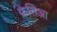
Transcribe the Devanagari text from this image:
फ्रेसिआ